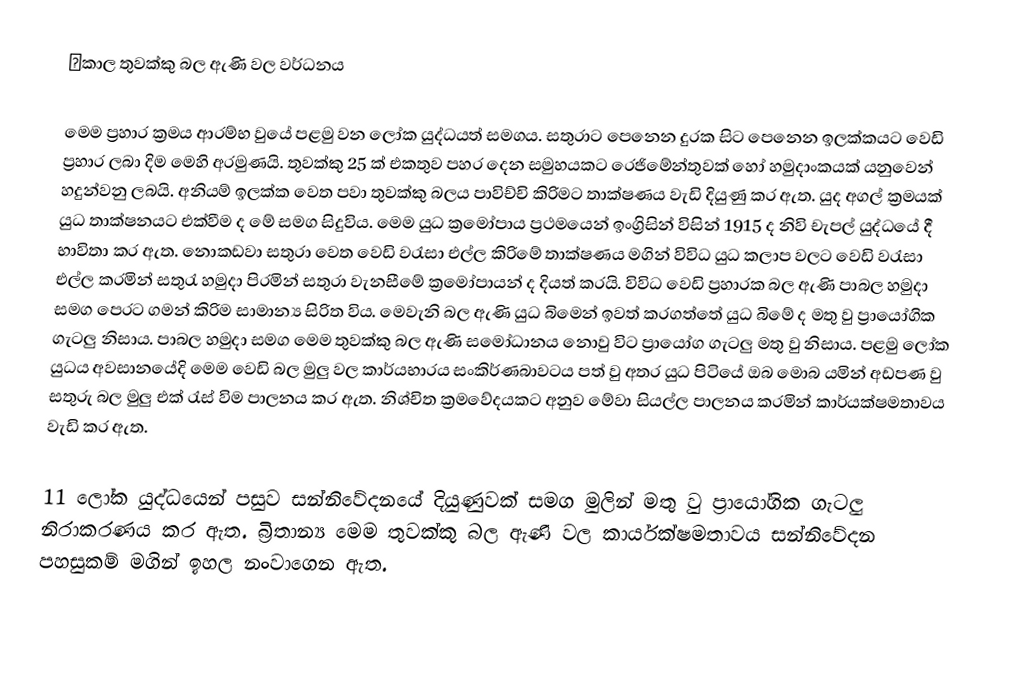
Σකාල තුවක්කු බල ඇණි වල වර්ධනය

මෙම ප්‍රහාර ක්‍රමය ආරම්භ වුයේ පළමු වන ලෝක යුද්ධයත් සමගය. සතුරාට පෙනෙන දුරක සිට පෙනෙන ඉලක්කයට වෙඩි ප්‍රහාර ලබා දිම මෙහි අරමුණයි. තුවක්කු 25 ක් එකතුව පහර දෙන සමුහයකට රෙජිමේන්තුවක් හෝ හමුදාංකයක් යනුවෙන් හදුන්වනු ලබයි. අනියම් ඉලක්ක වෙත පවා තුවක්කු බලය පාවිච්චි කිරිමට තාක්ෂණය වැඩි දියුණු කර ඇත. යුද අගල් ක්‍රමයක් යුධ තාක්ෂනයට එක්වීම ද මේ සමග සිදුවිය. මෙම යුධ ක්‍රමෝපාය ප්‍රථමයෙන් ඉංග්‍රිසින් විසින් 1915 ද නිවි චැපල් යුද්ධයේ දී භාවිතා කර ඇත. නොකඩවා සතුරා වෙත වෙඩි වරැසා එල්ල කිරිමේ තාක්ෂණය මගින් විවිධ යුධ කලාප වලට වෙඩි වරැසා එල්ල කරමින් සතුරැ හමුදා පිරමින් සතුරා වැනසීමේ ක්‍රමෝපායන් ද දියත් කරයි. විවිධ වෙඩි ප්‍රහාරක බල ඇණි පාබල හමුදා සමග පෙරට ගමන් කිරිම සාමාන්‍ය සිරිත විය. මෙවැනි බල ඇණි යුධ බිමෙන් ඉවත් කරගත්තේ යුධ බිමේ ද මතු වු ප්‍රායෝගික ගැටලු නිසාය. පාබල හමුදා සමග මෙම තුවක්කු බල ඇණි සමෝධානය නොවු විට ප්‍රායෝග ගැටලු මතු වු නිසාය. පළමු ලෝක යුධය අවසානයේදි මෙම වෙඩි බල මුලු වල කාර්යභාරය සංකිර්ණබාවටය පත් වු අතර යුධ පිටියේ ඔබ මොබ යමින් අඩපණ වු සතුරු බල මුලු එක් රැස් විම පාලනය කර ඇත. නිශ්චිත ක්‍රමවේදයකට අනුව මේවා සියල්ල පාලනය කරමින් කාර්යක්ෂමතාවය වැඩි කර ඇත.

11 ලෝක යුද්ධයෙන් පසුව සන්නිවේදනයේ දියුණුවක් සමග මුලින් මතු වු ප්‍රායෝගික ගැටලු නිරාකරණය කර ඇත. බ්‍රිතාන්‍ය  මෙම තුවක්කු බල ඇණි වල කාර්යක්ෂමතාවය සන්නිවේදන පහසුකම් මගින් ඉහල නංවාගෙන ඇත.